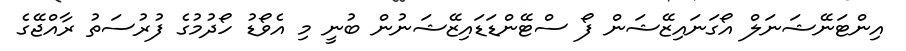
އިންޓަނޭޝަނަލް އޯގަނައިޒޭޝަން ފޯ ސްޓޭންޑަޑައިޒޭޝަނުން ބުނީ މި އެވޯޑު ހޯދުމުގެ ފުރުސަތު ރާއްޖޭގެ